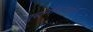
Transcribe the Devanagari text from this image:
युद्धनौकांमधील